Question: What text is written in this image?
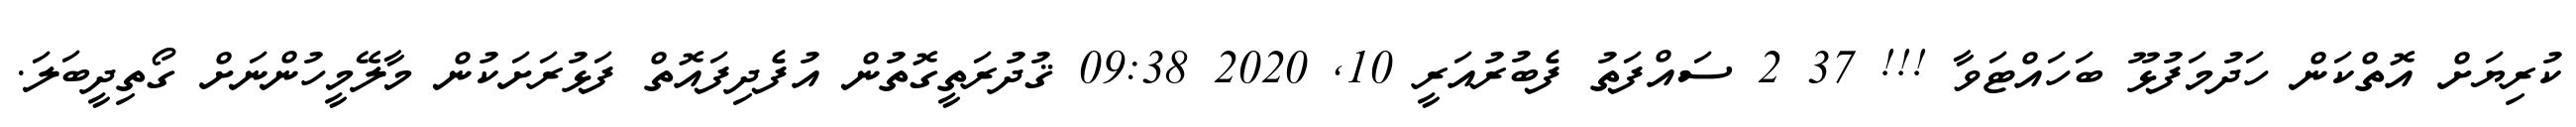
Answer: ކުރިޔަށް އޮތްކަން ހަދުމަފުޅޫ ބަހައްޓަވާ !!! 37 2 ސައްފަތު ފެބުރުއަރީ 10, 2020 09:38 ޤުދުރަތީގޮތުން އުފެދިފައޮތް ފަޅުރަށަކުން މާލޭމީހުންނަށް ގޯތިދީބަލަ.